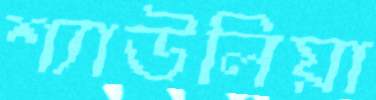
শ্যাউলিয়া